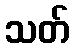
သတ်